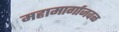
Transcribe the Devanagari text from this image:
महामार्गाजवळ